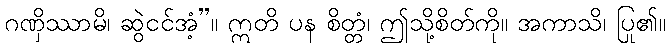
ဂဏှိဿာမိ၊ ဆွဲငင်အံ့”။ ဣတိ ပန စိတ္တံ၊ ဤသို့စိတ်ကို။ အကာသိ၊ ပြု၏။